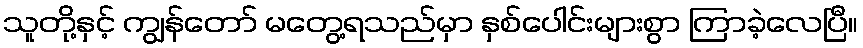
သူတို့နှင့် ကျွန်တော် မတွေ့ရသည်မှာ နှစ်ပေါင်းများစွာ ကြာခဲ့လေပြီ။